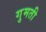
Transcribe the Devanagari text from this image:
गुमती